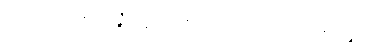
ဂဟဋ္ဌသီလန္တိ ဒဇ္ဇေ ပစ္စဘာသိံ ပဒေသပထဝီကမ္ပနံ ပုစ္ဆာသု